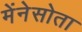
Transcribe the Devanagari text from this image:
मेंनेसोता